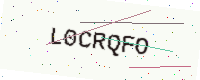
Text: L0CRQFO